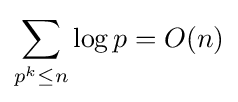
\sum _{p^{k}\leq n}\log p=O(n)